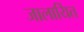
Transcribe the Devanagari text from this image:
जालायित